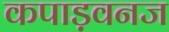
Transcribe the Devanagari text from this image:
कपाड़वनज